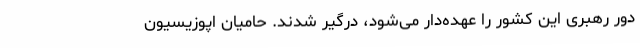
دور رهبری این کشور را عهده‌دار می‌شود، درگیر شدند. حامیان اپوزیسیون